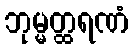
ဘုမ္မတ္ထရဏံ